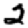
Digit: 2